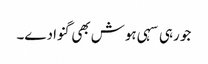
جو رہی سہی ہوش بھی گنوا دے۔